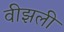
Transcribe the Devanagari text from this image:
वीझली